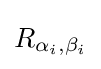
R_{\alpha _{i},\beta _{i}}